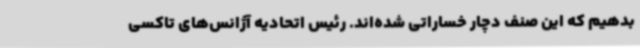
بدهیم که این صنف دچار خساراتی شده‌اند. رئیس اتحادیه آژانس‌های تاکسی